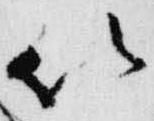
以